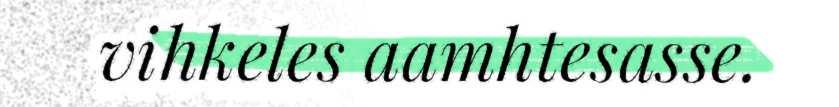
vihkeles aamhtesasse.